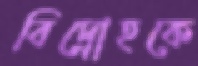
বিদ্রোহকে